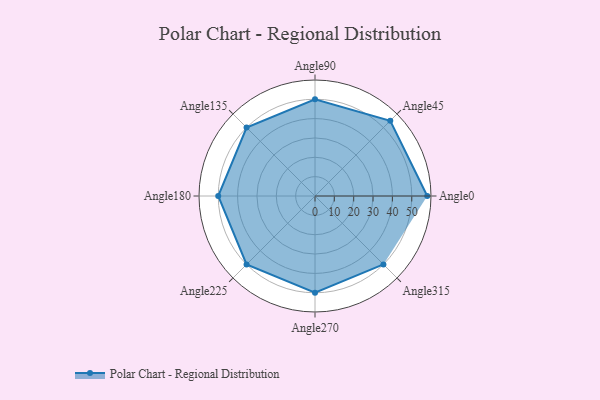
{"axis": {"x": "Angle", "y": "Radius"}, "legend": [""], "data": [{"x": "Angle0", "y": 58.0, "type": ""}, {"x": "Angle45", "y": 55.0, "type": ""}, {"x": "Angle90", "y": 50, "type": ""}, {"x": "Angle135", "y": 50, "type": ""}, {"x": "Angle180", "y": 50, "type": ""}, {"x": "Angle225", "y": 50, "type": ""}, {"x": "Angle270", "y": 50, "type": ""}, {"x": "Angle315", "y": 50, "type": ""}]}